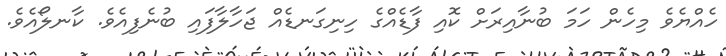
ހެއްޔެވެ މިހެން ހަމަ ބުނާއިރަށް ކޮއި ފާޑެއްގެ ހިނިގަނޑެއް ޖަހާލާފައި ބުނެފިއެވެ. ކާނލޯއެވެ.